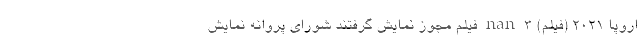
اروپا ۲۰۲۱ (فیلم) nan ۳ فیلم مجوز نمایش گرفتند شورای پروانه نمایش